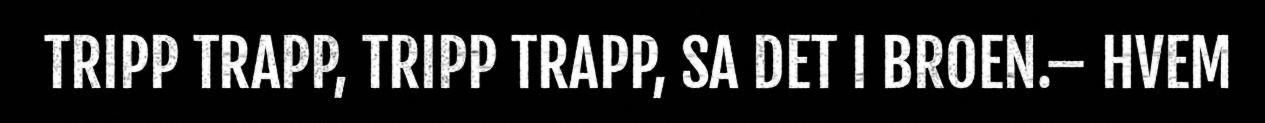
TRIPP TRAPP, TRIPP TRAPP, SA DET I BROEN.– HVEM